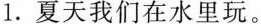
1.夏天我们在水里玩。